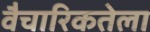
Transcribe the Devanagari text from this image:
वैचारिकतेला